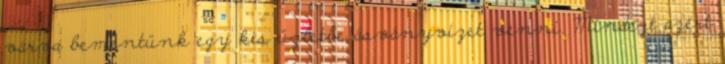
várva bementünk egy kis üzletbe ásványvizet venni. Mindezt azért